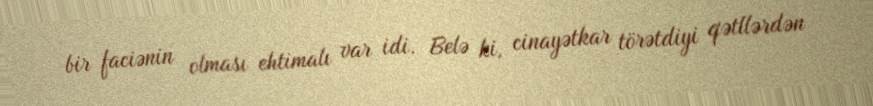
bir faciənin olması ehtimalı var idi. Belə ki, cinayətkar törətdiyi qətllərdən